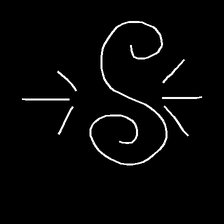
Glyph: wind-directs-air